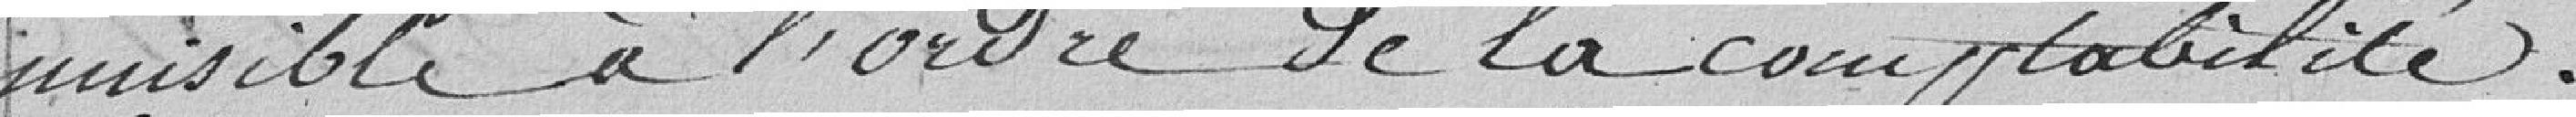
nuisible à l’ordre de la comptabilité.